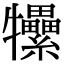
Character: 𤜖